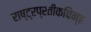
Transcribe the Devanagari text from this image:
राष्ट्रप्रतीकचिन्ह